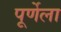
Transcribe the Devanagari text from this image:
पूर्णेला